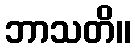
ဘာသတိ။